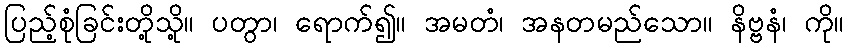
ပြည့်စုံခြင်းတို့သို့။ ပတွာ၊ ရောက်၍။ အမတံ၊ အနတမည်သော။ နိဗ္ဗနံ၊ ကို။